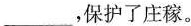
___，保护了庄稼。